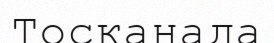
Тосканада